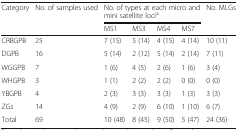
<table><thead><tr><td><b>Category</b></td><td><b>No. of samples used</b></td><td colspan="4"><b>No. of types at each micro and mini satellite loci<sup>a</sup></b></td><td><b>No. MLGs</b></td></tr><tr><td></td><td></td><td><b>MS1</b></td><td><b>MS3</b></td><td><b>MS4</b></td><td><b>MS7</b></td><td></td></tr></thead><tbody><tr><td>CRBGPB</td><td>25</td><td>7 (15)</td><td>5 (14)</td><td>4 (15)</td><td>4 (14)</td><td>10 (11)</td></tr><tr><td>DGPB</td><td>16</td><td>5 (14)</td><td>2 (12)</td><td>5 (14)</td><td>2 (14)</td><td>7 (11)</td></tr><tr><td>WGGPB</td><td>7</td><td>1 (6)</td><td>4 (5)</td><td>2 (6)</td><td>1 (6)</td><td>3 (4)</td></tr><tr><td>WHGPB</td><td>3</td><td>1 (1)</td><td>2 (2)</td><td>2 (2)</td><td>0 (0)</td><td>0 (0)</td></tr><tr><td>YBGPB</td><td>4</td><td>2 (3)</td><td>3 (3)</td><td>3 (3)</td><td>1 (3)</td><td>3 (3)</td></tr><tr><td>ZGs</td><td>14</td><td>4 (9)</td><td>2 (9)</td><td>6 (10)</td><td>1 (10)</td><td>6 (7)</td></tr><tr><td>Total</td><td>69</td><td>10 (48)</td><td>8 (45)</td><td>9 (50)</td><td>5 (47)</td><td>24 (36)</td></tr></tbody></table>